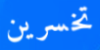
تخسرين